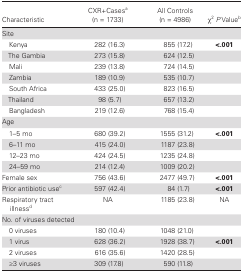
| Characteristic | CXR+Casesa (n = 1733) | All Controls (n = 4986) | χ2P Valueb |
 | --- | --- | --- | --- |
 | <COLSPAN=4> Site |
 | Kenya | 282 (16.3) | 855 (17.2) | <.001 |
 | The Gambia | 273 (15.8) | 624 (12.5) |  |
 | Mali | 239 (13.8) | 724 (14.5) |  |
 | Zambia | 189 (10.9) | 535 (10.7) |  |
 | South Africa | 433 (25.0) | 823 (16.5) |  |
 | Thailand | 98 (5.7) | 657 (13.2) |  |
 | Bangladesh | 219 (12.6) | 768 (15.4) |  |
 | <COLSPAN=4> Age |
 | 1–5 mo | 680 (39.2) | 1555 (31.2) | <.001 |
 | 6–11 mo | 415 (24.0) | 1187 (23.8) |  |
 | 12–23 mo | 424 (24.5) | 1235 (24.8) |  |
 | 24–59 mo | 214 (12.4) | 1009 (20.2) |  |
 | Female sex | 756 (43.6) | 2477 (49.7) | <.001 |
 | Prior antibiotic usec | 597 (42.4) | 84 (1.7) | <.001 |
 | Respiratory tract illnessd | NA | 1185 (23.8) | NA |
 | <COLSPAN=4> No. of viruses detected |
 | 0 viruses | 180 (10.4) | 1048 (21.0) |  |
 | 1 virus | 628 (36.2) | 1928 (38.7) | <.001 |
 | 2 viruses | 616 (35.6) | 1420 (28.5) |  |
 | ≥3 viruses | 309 (17.8) | 590 (11.8) |  |